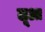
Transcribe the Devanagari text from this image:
लूआ